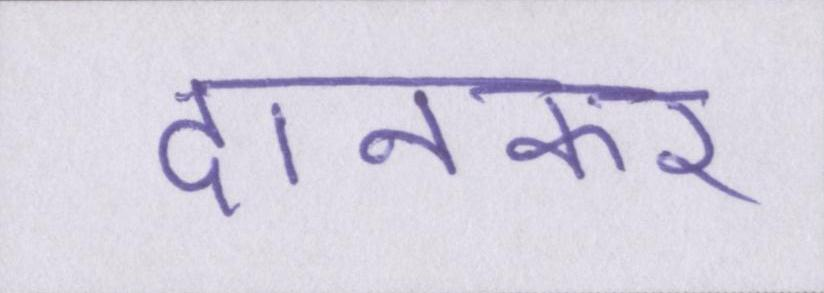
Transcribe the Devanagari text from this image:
दानकर